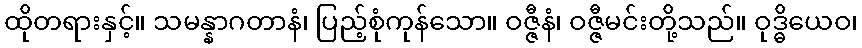
ထိုတရားနှင့်။ သမန္နာဂတာနံ၊ ပြည့်စုံကုန်သော။ ဝဇ္ဇီနံ၊ ဝဇ္ဇီမင်းတို့သည်။ ဝုဒ္ဓိယေဝ၊